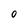
Character: 0